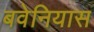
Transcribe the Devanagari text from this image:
बवेनियास